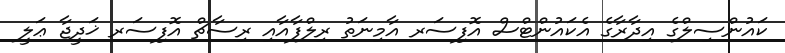
ކައުންސިލްގެ އިދާރާގެ އެކައުންޓްސް އޮފިސަރ އާމިނަތު ރިލްފާއާއި ރިސާޗް އޮފިސަރ ޚަދީޖާ ޢަލީ